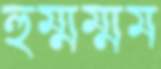
হুম্মম্মম